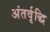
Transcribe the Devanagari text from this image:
अंतर्वृद्धि